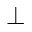
\bot